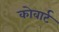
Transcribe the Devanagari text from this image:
कोवार्ट